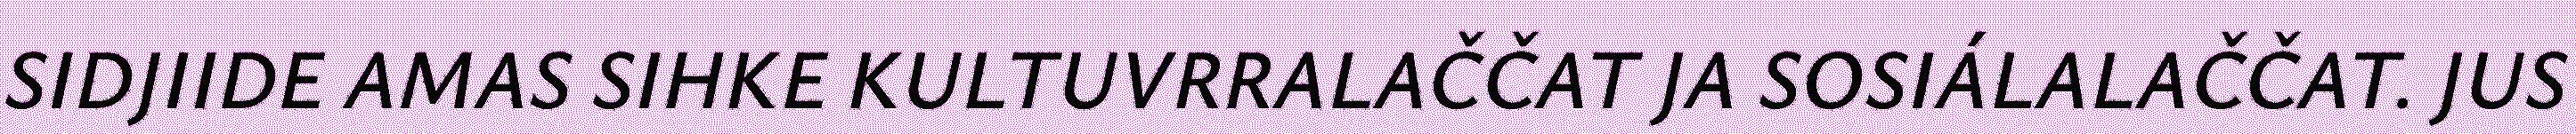
SIDJIIDE AMAS SIHKE KULTUVRRALAČČAT JA SOSIÁLALAČČAT. JUS